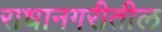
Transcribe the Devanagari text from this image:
राधानगरीतील